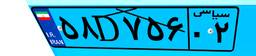
۵۸D۷۵۶۰۲